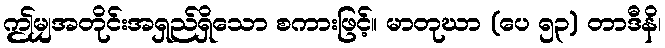
ဤမျှအတိုင်းအရှည်ရှိသော စကားဖြင့်။ မာတုဃာ (ပေ ၅၃) တာဒီနိ၊